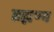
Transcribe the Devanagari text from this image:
ब्रह्मण्य